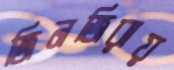
জিনজিরায়